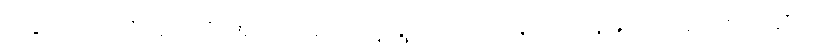
ဒါနှင့်သည်လိုအရပ်၌ အဘယ်ကြောင့် ရွာတည်၍နေကြကုန်လေသနည်းဟု ဆိုအံ့။